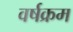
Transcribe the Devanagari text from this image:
वर्षक्रम